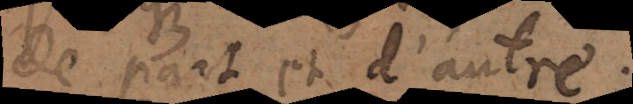
de part et d’autre.